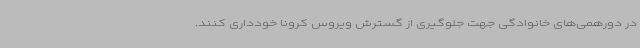
در دورهمی‌های خانوادگی جهت جلوگیری از گسترش ویروس کرونا خودداری کنند.